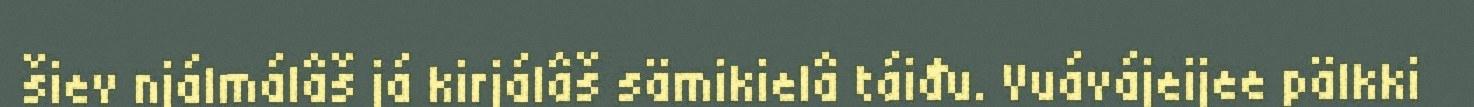
šiev njálmálâš já kirjálâš sämikielâ táiđu. Vuávájeijee pälkki